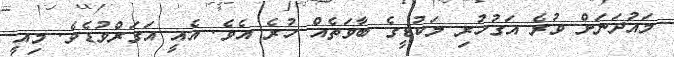
މައުދަނަށް ވުރެ އަގުހުރި ލަކުޑީގެ ބާވަތެއް ހުރެ އެވެ. އެއީ އަގަރްވުޑެވެ. މިއީ